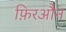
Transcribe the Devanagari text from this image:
फ़िरऔन